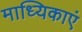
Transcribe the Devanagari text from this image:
माध्यिकाएं